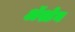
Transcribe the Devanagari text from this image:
ॲश्डेन